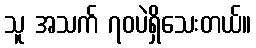
သူ အသက် ၇၀ပဲရှိသေးတယ်။